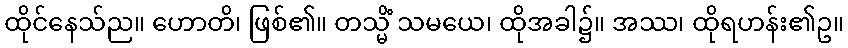
ထိုင်နေသ်ည။ ဟောတိ၊ ဖြစ်၏။ တသ္မိံ သမယေ၊ ထိုအခါ၌။ အဿ၊ ထိုရဟန်း၏ဥ။